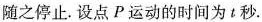
随之停止.设点P运动的时间为t秒.